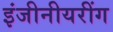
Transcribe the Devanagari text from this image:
इंजीनीयरींग